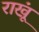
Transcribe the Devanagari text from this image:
राखूं